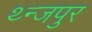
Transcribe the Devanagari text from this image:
थ्न्जपुर